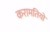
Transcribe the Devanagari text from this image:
करामतियों